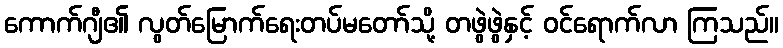
ကောက်ဂျီ၏ လွတ်မြောက်ရေးတပ်မတော်သို့ တဖွဲဖွဲနှင့် ဝင်ရောက်လာ ကြသည်။